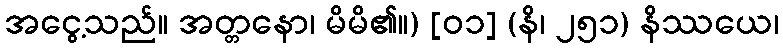
အငွေ့သည်။ အတ္တနော၊ မိမိ၏။) [၀၁] (နိ၊ ၂၅၁) နိဿယေ၊